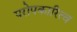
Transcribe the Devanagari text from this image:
परोपकारित्व